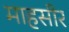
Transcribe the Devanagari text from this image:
माहसीर